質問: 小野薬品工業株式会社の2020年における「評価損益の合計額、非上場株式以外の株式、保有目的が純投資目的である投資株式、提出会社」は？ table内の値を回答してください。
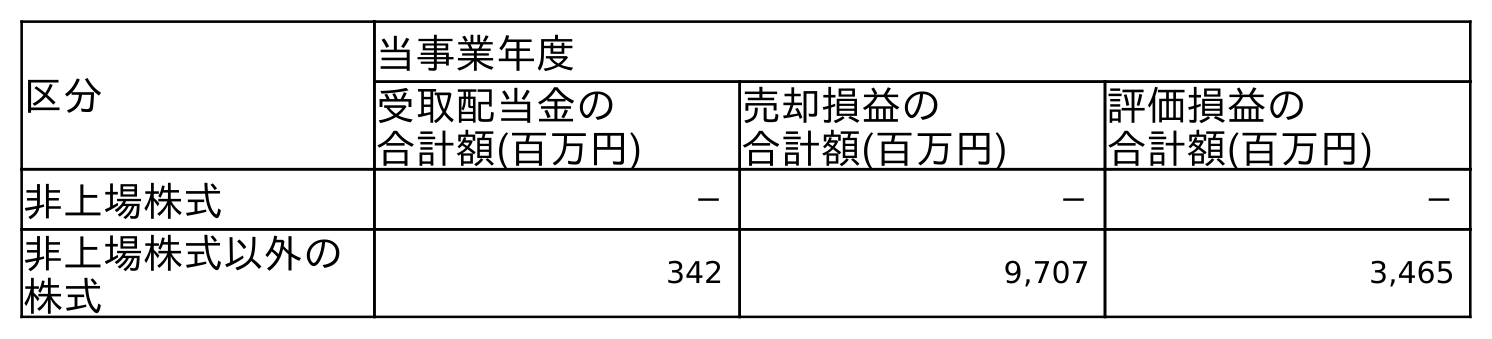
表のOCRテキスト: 区分 当事業年度 受取配当金の 合計額(百万円) 売却損益の 合計額(百万円) 評価損益の 合計額(百万円) 非上場株式 － － － 非上場株式以外の 株式 342 9,707 3,465
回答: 3,465